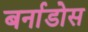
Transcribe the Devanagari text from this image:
बर्नाडोस